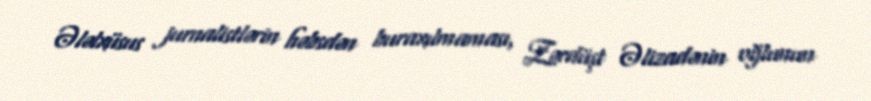
Ələlxüsus jurnalistlərin həbsdən buraxılmaması, Zərdüşt Əlizadənin oğlunun